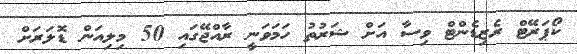
ކޯޕަރޭޓް ރެޒިޑެންޓް ވިސާ އަށް ޝަރުތު ހަމަވަނީ ރާއްޖޭގައި 50 މިލިއަން ޑޮލަރަށް